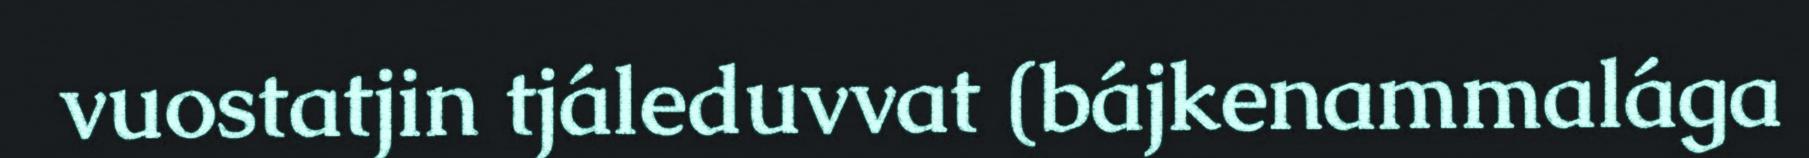
vuostatjin tjáleduvvat (bájkenammalága